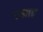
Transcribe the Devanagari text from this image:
उखाढ